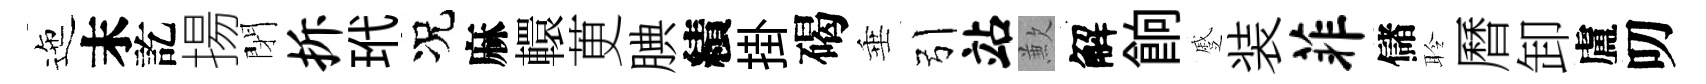
迤末訖揚閉拆玳况麻轘茰腆績掛碣垂引站歉解餉蹙装菲儲聆曆卸盧叨